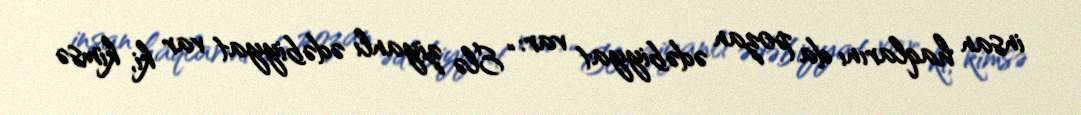
insan haqlarını da pozan ədəbiyyat var: “Elə ziyanlı ədəbiyyat var ki, kimsə